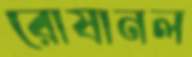
রোষানল